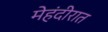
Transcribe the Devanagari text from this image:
मेहंदीरात